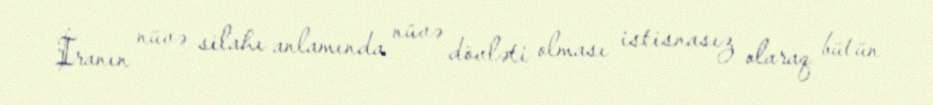
İranın nüvə silahı anlamında nüvə dövləti olması istisnasız olaraq bütün